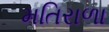
મતિરાળા